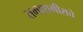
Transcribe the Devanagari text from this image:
तमाशगीराचे